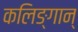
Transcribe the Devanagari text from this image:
कलिङ्गान्‌